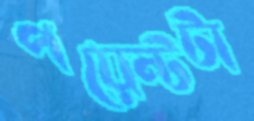
পয়েন্টটা